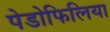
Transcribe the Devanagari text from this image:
पेडोफिलिया